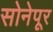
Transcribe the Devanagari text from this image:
सोनेपूर